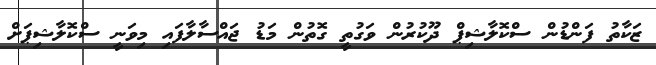
ޒަކާތު ފަންޑުން ސްކޮލާޝިޕް ދޫކުރުން ވަގުތީ ގޮތުން މަޑު ޖައްސާލާފައި މިވަނީ ސްކޮލާޝިޕަށް